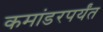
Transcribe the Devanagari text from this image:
कमांडरपर्यंत